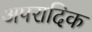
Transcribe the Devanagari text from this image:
अपरादिक